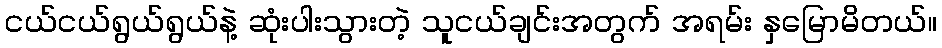
ငယ်ငယ်ရွယ်ရွယ်နဲ့ ဆုံးပါးသွားတဲ့ သူငယ်ချင်းအတွက် အရမ်း နှမြောမိတယ်။